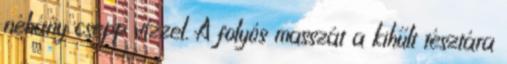
néhány csepp vízzel. A folyós masszát a kihűlt tésztára